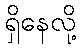
ရှိနေလို့